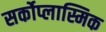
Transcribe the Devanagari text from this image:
सर्कोप्लास्मिक